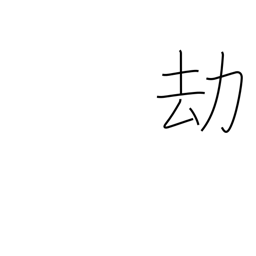
Meaning: long ages